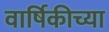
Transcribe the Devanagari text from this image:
वार्षिकीच्या